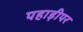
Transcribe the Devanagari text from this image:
पहाड़ीपर